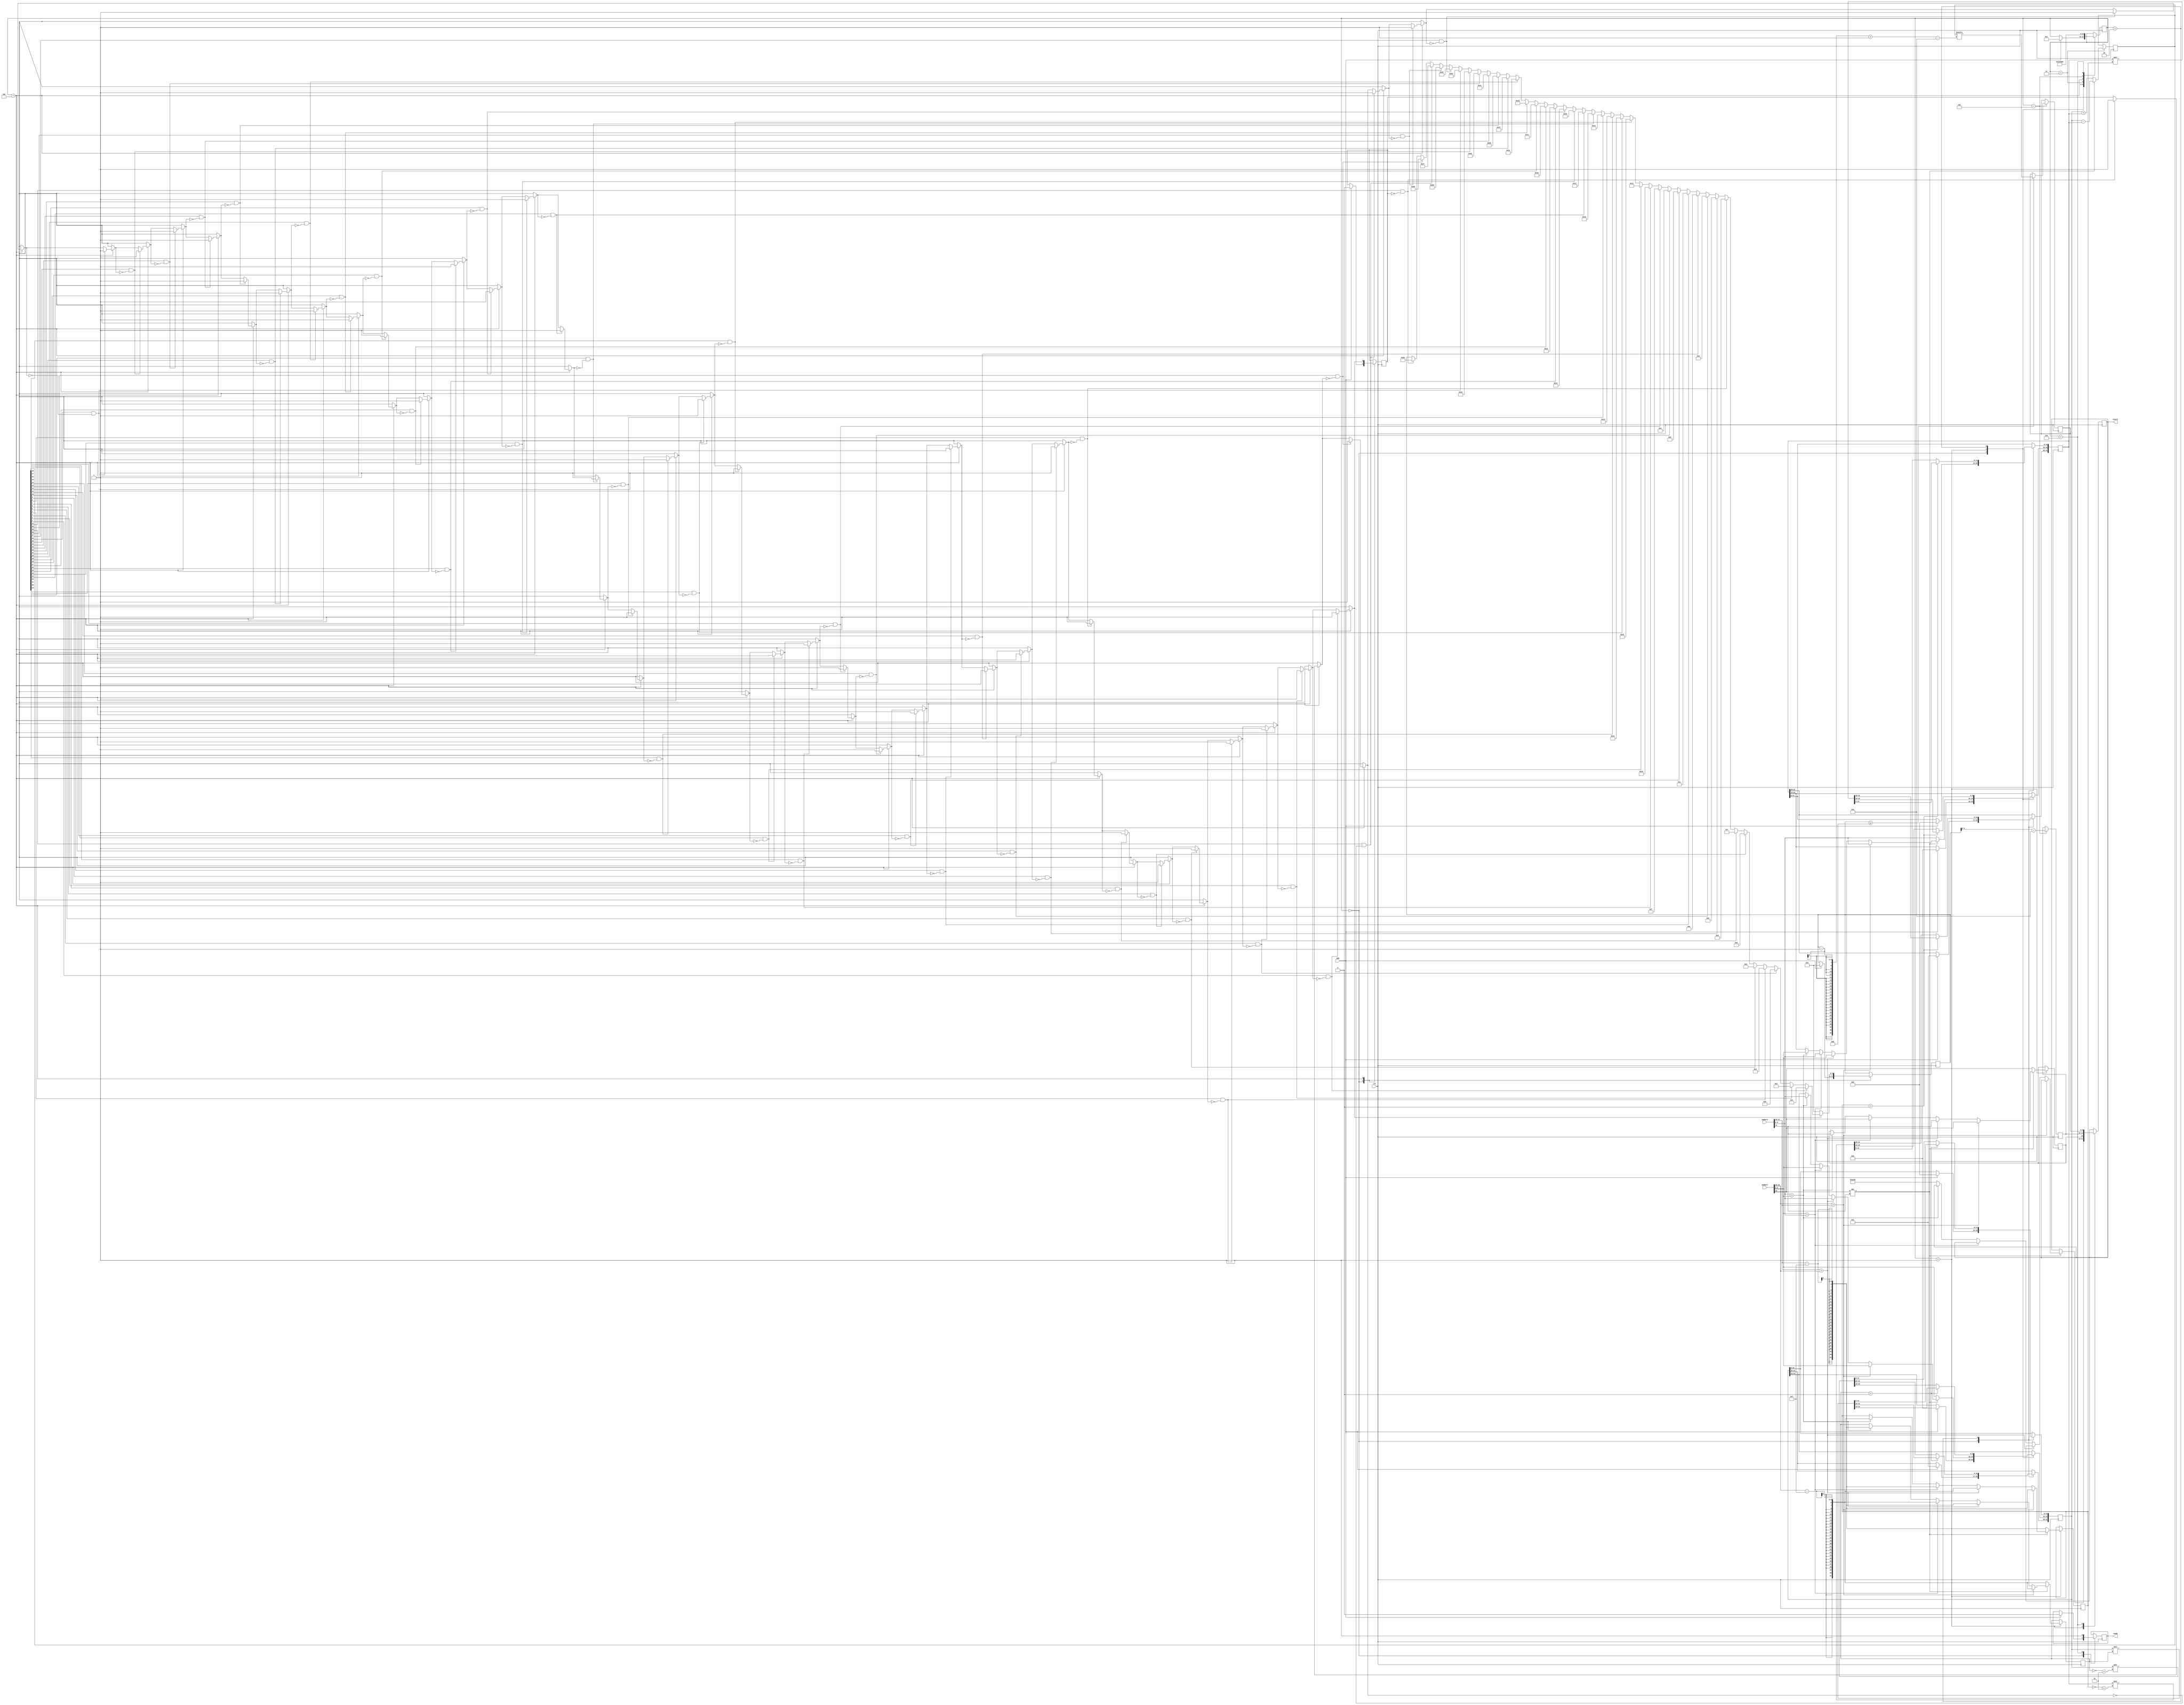
module floating_point_adder(clk,add,number1,number2,result,ready);

input clk;
input add;
input [15:0] number1;
input [15:0] number2;
output reg [15:0] result;
output reg ready;

localparam RDY=3'b000,START=3'b001,NEGPOS=3'b010,OP=3'b011,SHIFT=3'b100,WRITE=3'b101,RSLT=3'b110;

reg [3:0] state = RDY;	//state variable
reg [41:0] bigreg;		//bigger value
reg [41:0] smallreg;	//smaller value
reg [41:0] resultreg;	
reg resultsign;
reg [4:0] resultshift;
reg [9:0] resultfrac;
reg [5:0] pos=0;

reg found;

integer bigshift;
integer smallshift;
reg [5:0] i;

always @ (posedge clk) 

case (state)
RDY:
	if (add) 
	begin
		bigreg <= {16'b0,1'b1,25'b0};		//initialize the big and small registers
		smallreg <= {16'b0,1'b1,25'b0};
		pos <= 6'b0;
		i <= 6'd41;							//initialize i to 41
		ready <= 0;
		state <= START;					//go to start state
		found<=1'b0;
	end
START:  
	begin
	if (number1[15] != number2[15]) //numbers with different sign
		if (number1[14:10] > number2[14:10]) //exponent num1 > num2 
		begin 
			bigreg[24:15] <= number1[9:0]; //store mantissa
			bigshift <= number1[14:10] - 4'b1111;
			resultsign <= number1[15];
			smallreg[24:15] <= number2[9:0];
			smallshift <= number2[14:10] - 4'b1111;
		end
		else if (number2[14:10] > number1[14:10])  //num2 > num1
		begin 
			bigreg[24:15] <= number2[9:0];
			bigshift <= number2[14:10] - 4'b1111;
			resultsign <= number2[15];
			smallreg[24:15] <= number1[9:0];
			smallshift <= number1[14:10] - 4'b1111;
		end
		else 											//same exponent		
		begin
			if (number1[9:0] > number2[9:0]) 				//number 1 mantissa bigger
			begin 
				bigreg[24:15] <= number1[9:0];
				bigshift <= number1[14:10] - 4'b1111;   //subtract the bias and get the real exponent
				resultsign <= number1[15];
				smallreg[24:15] <= number2[9:0];
				smallshift <= number2[14:10] - 4'b1111;
			end
			else if (number2[9:0] > number1[9:0])			//number 2 mantissa bigger
			begin 
				bigreg[24:15] <= number2[9:0];
				bigshift <= number2[14:10] - 4'b1111;
				resultsign <= number2[15];
				smallreg[24:15] <= number1[9:0];
				smallshift <= number1[14:10] - 4'b1111;
			end
			else result <= {2'b00,4'b1111,10'b0};  //mantissa and exponent both same & sign diff so 0
		end
	
	else 	//same sign
	begin 
		bigreg[24:15] <= number1[9:0];
		bigshift <= number1[14:10] - 4'b1111;
		resultsign <= number1[15];				//sign of result same as input
		smallreg[24:15] <= number2[9:0];
		smallshift <= number2[14:10] - 4'b1111;
	end
	state <= NEGPOS;
	end
NEGPOS: 
	begin
	if (bigshift > 0) 		//i.e there was initial shifting 
		bigreg <= bigreg << bigshift;  //shift the bigreg to get it back to the original value in decimal
	else bigreg <= bigreg >> ((~bigshift)+1);
	if (smallshift > 0) 				//shift the smallreg to get it back to the original value in decimal
		smallreg <= smallreg << smallshift;
	else smallreg <= smallreg >> ((~smallshift)+1);
	state <= OP;
	end
OP:     
	begin
	if (number1[15] != number2[15]) 
		resultreg = bigreg - smallreg;
	else 
		resultreg = bigreg + smallreg;
		state <= SHIFT;
	end
SHIFT:
	begin
		for(i=41;i>0;i=i-1)begin
			if(resultreg[i] == 1'b1 && found==1'b0)begin
				found=1'b1;
				pos=i;
			end
		end
		if(found==1'b0) pos=i;
		state = WRITE;
	end	
// 	if (resultreg[i] == 1'b1 || i == 0) begin 
//		pos = i;
//		state <= WRITE;
//	end
//	else i <= i - 1'b1; 
WRITE:  
	begin
		resultshift <= pos - 10;
		if (pos >= 11)
			resultfrac <= resultreg[pos-1 -: 10];   
		state <= RSLT; 
	end
RSLT:   
	begin
	result <= {resultsign,resultshift,resultfrac};
	ready <= 1'b1;
	state <= RDY;
	end
endcase

endmodule